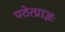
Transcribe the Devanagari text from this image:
पठेत्प्राज्ञः